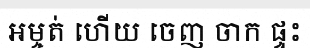
អម្ចត់ ហើយ ចេញ ចាក ផ្ទះ